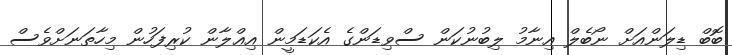
ބޮބް ޑިލަންއަށް ނޯބެލް އިނާމު ލިބުނުކަން ސްވިޑަންގެ އެކަޑަމީން އިޢްލާން ކުރިފަހުން މިހާތަނަށްވެސް